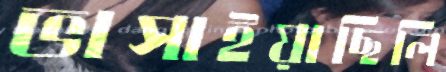
ভাসাইয়াছিলি